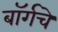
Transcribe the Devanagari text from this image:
बॉर्गचे